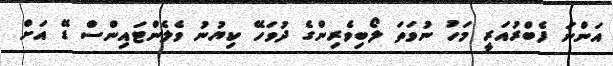
އަންނަ ފެބްރުއަރީ މަހު ނުވަތަ ލޯބިވެރިންގެ ދުވަހޭ ކިޔުނު ވެލެންޓައިންސް ޑޭ އަށް